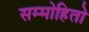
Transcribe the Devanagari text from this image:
सम्मोहितो